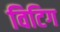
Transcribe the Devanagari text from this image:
विटिग